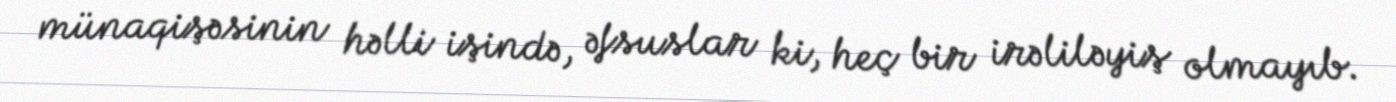
münaqişəsinin həlli işində, əfsuslar ki, heç bir irəliləyiş olmayıb.